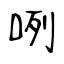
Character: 咧